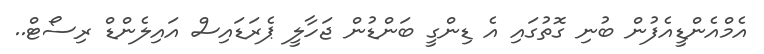
އެމްއެންޑީއެފުން ބުނި ގޮތުގައި އެ ޑިންގީ ބަންޑުން ޖަހާލީ ޕެރަޑައިސް އައިލެންޑް ރިސޯޓް..